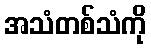
အသံတစ်သံကို